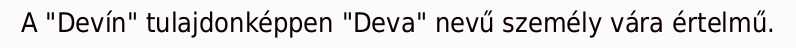
A "Devín" tulajdonképpen "Deva" nevű személy vára értelmű.